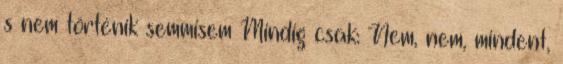
s nem történik semmisem Mindig csak: Nem, nem, mindent,